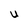
Character: U